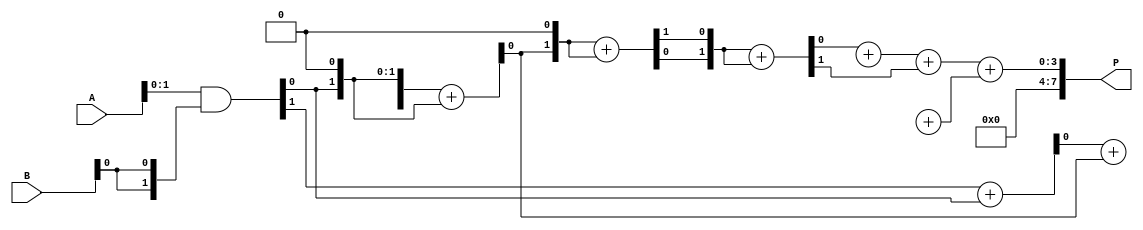
module UnfoldedWallaceTreeMultiplier #(parameter N = 4) (
    input [N-1:0] A,
    input [N-1:0] B,
    output reg [2*N-1:0] P
);

    // Partial product generation
    wire [N-1:0] pp [0:N-1]; // Partial products
    genvar i, j;
    generate
        for (i = 0; i < N; i = i + 1) begin : pp_gen
            assign pp[i] = A & {N{B[i]}};
        end
    endgenerate

    // Stage 1: Reduction using Half Adders and Full Adders
    wire [N:0] sum [0:N-1]; // Sums for each stage
    wire [N:0] carry [0:N-1]; // Carries for each stage

    // Initialize the first stage with partial products
    assign sum[0] = {1'b0, pp[0]};
    assign carry[0] = 0;

    generate
        for (i = 1; i < N; i = i + 1) begin : reduction_stage
            for (j = 0; j < (N - i); j = j + 1) begin : adder
                if (j % 3 == 0) begin
                    // Full Adder for groups of three bits
                    wire [2:0] inputs = {sum[i-1][j+1], sum[i-1][j], carry[i-1][j/3]};
                    assign {carry[i][j/3], sum[i][j]} = inputs[2:0] + inputs[1:0];
                end else if (j % 3 == 1) begin
                    // Half Adder for pairs of bits
                    assign {carry[i][j/3], sum[i][j]} = sum[i-1][j] + sum[i-1][j-1];
                end else begin
                    // Just pass through the carry
                    assign sum[i][j] = sum[i-1][j];
                    assign carry[i][j/3] = carry[i-1][j/3];
                end
            end
        end
    endgenerate

    // Final addition stage
    wire [2*N-1:0] final_sum;
    wire [2*N-1:0] final_carry;

    assign final_sum = {1'b0, sum[N-1][0]} + {1'b0, sum[N-1][1]} + {1'b0, carry[N-1][0]};
    assign final_carry = {1'b0, carry[N-1][1]} + {1'b0, sum[N-1][2]};

    always @(*) begin
        P = final_sum + final_carry;
    end

endmodule